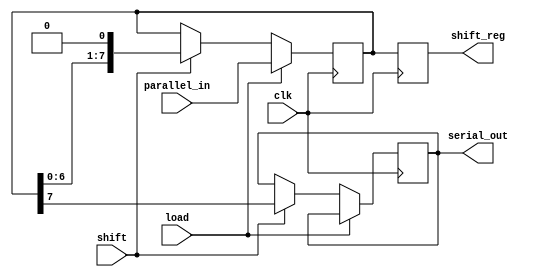
module PISO_Register #(parameter WIDTH = 8) (
    input wire clk,            // Clock input
    input wire load,          // Load control signal
    input wire shift,         // Shift control signal
    input wire [WIDTH-1:0] parallel_in, // Parallel data input
    output reg serial_out,     // Serial output
    output reg [WIDTH-1:0] shift_reg // Internal shift register (for monitoring if needed)
);

    // Internal shift register to hold the data
    reg [WIDTH-1:0] shift_reg_internal;

    always @(posedge clk) begin
        if (load) begin
            // Load the data in parallel
            shift_reg_internal <= parallel_in;
        end
        else if (shift) begin
            // Shift the data serially
            serial_out <= shift_reg_internal[WIDTH-1]; // Output MSB
            shift_reg_internal <= {shift_reg_internal[WIDTH-2:0], 1'b0}; // Shift left, LSB is zeroed
        end
    end

    // Assign internal shift register to output for monitoring purposes
    always @(posedge clk) begin
        shift_reg <= shift_reg_internal;
    end

endmodule